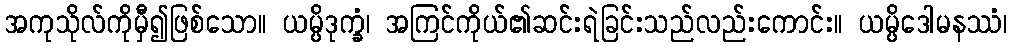
အကုသိုလ်ကိုမှီ၍ဖြစ်သော။ ယမ္ပိဒုက္ခံ၊ အကြင်ကိုယ်၏ဆင်းရဲခြင်းသည်လည်းကောင်း။ ယမ္ပိဒေါမနဿံ၊